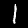
Digit: 1